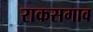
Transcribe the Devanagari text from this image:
राकसगाव